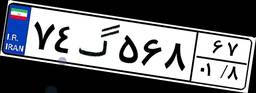
۸۰گ۱۶۱۳۸